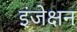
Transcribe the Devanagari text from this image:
इंजेक्षन